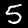
Label: 5